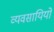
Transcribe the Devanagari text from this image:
व्यवसायियो